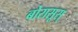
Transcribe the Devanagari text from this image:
बोरासूस्